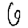
Digit: 6